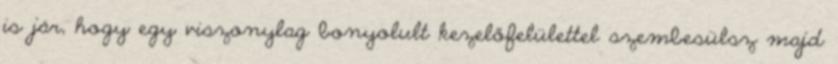
is jár, hogy egy viszonylag bonyolult kezelőfelülettel szembesülsz majd